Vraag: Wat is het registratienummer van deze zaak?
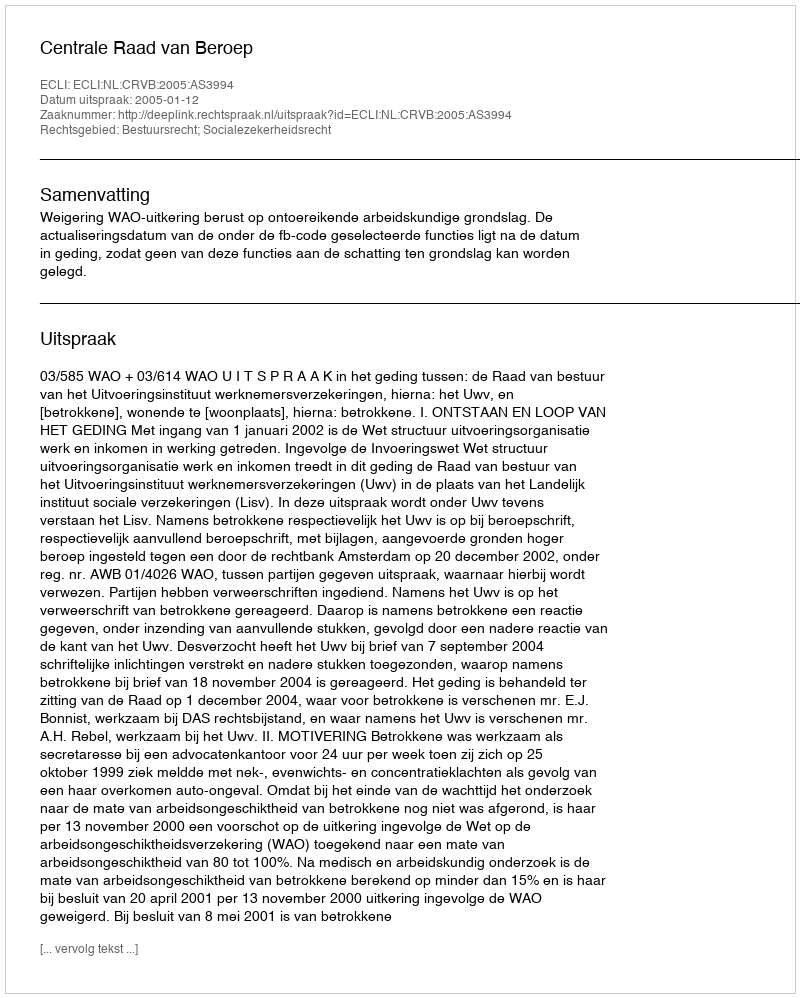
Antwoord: http://deeplink.rechtspraak.nl/uitspraak?id=ECLI:NL:CRVB:2005:AS3994